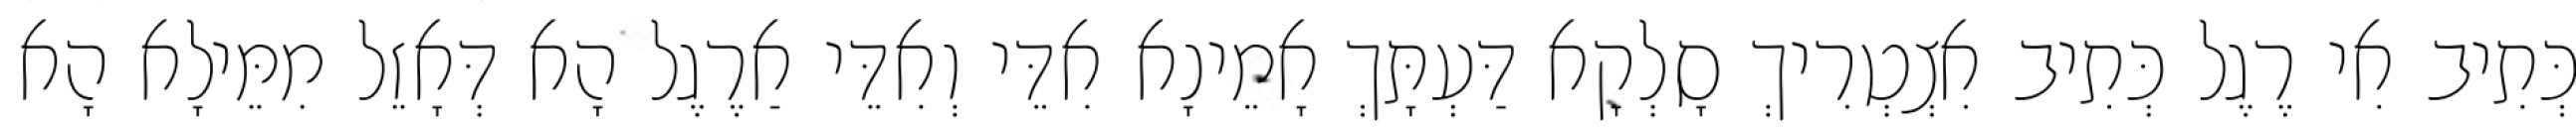
כְּתִיב אִי רֶגֶל כְּתִיב אִצְטְרִיךְ סָלְקָא דַּעְתָּךְ אָמֵינָא אִדֵּי וְאִדֵּי אַרֶגֶל הָא דְּאָזֵל מִמֵּילָא הָא